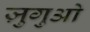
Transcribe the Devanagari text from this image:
ज़ुगुओ